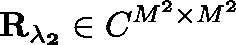
\mathbf { R _ { \lambda _ { 2 } } } \in \mathbb { C } ^ { M ^ { 2 } \times M ^ { 2 } }